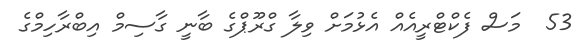
53  މަސް ފެކްޓްރީއެއް އެޅުމަށް ވިލާ ގްރޫޕްގެ ބާނީ ގާސިމް އިބްރާހިމްގެ